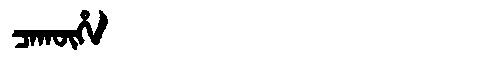
Manchu: ᠴᠠᡴᡡᡥᠠ
Romanization: CAKŪHA